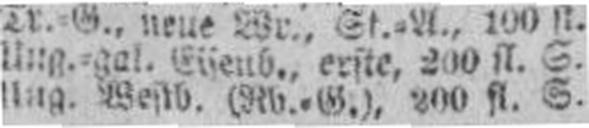
Ung. Westb. (Rb.=G.), 200 fl. S.